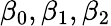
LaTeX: \beta_{0},\beta_{1},\beta_{2}